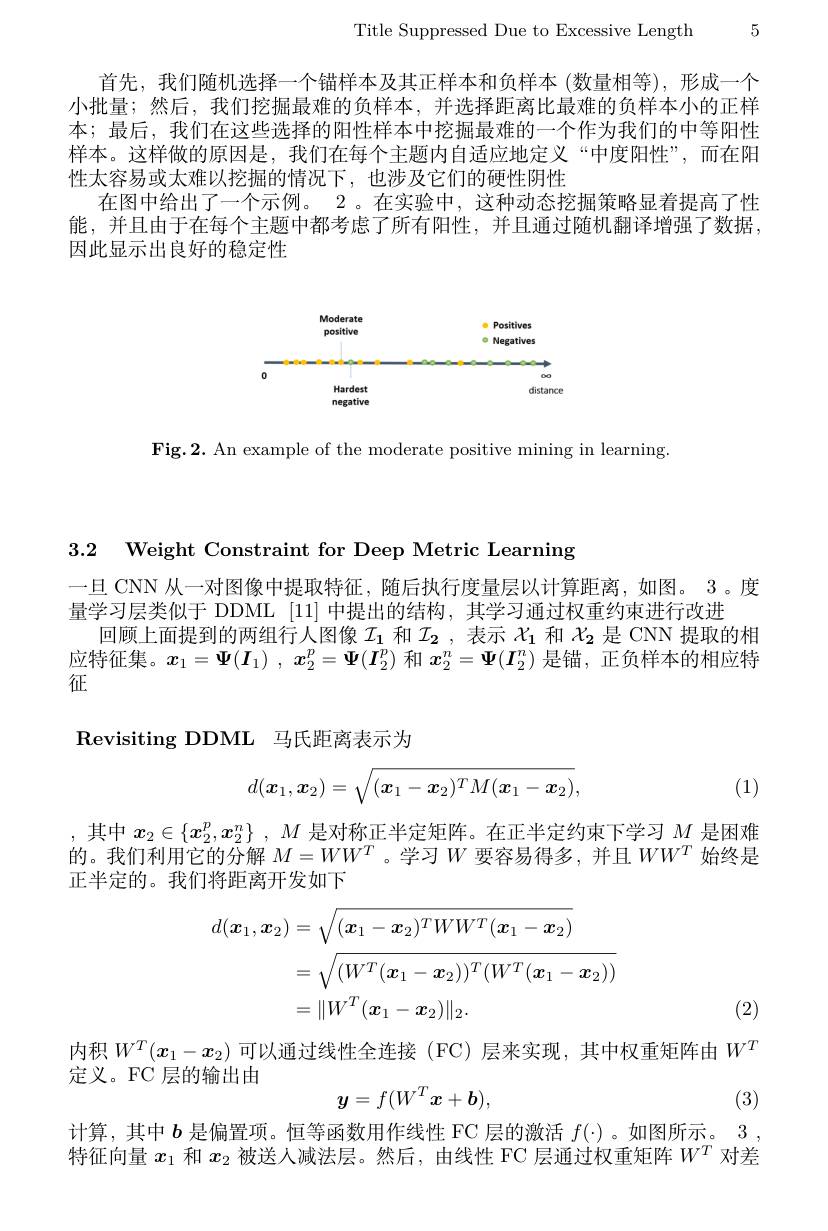
Title Suppressed Due to Excessive Length 5

首先，我们随机选择一个锚样本及其正样本和负样本 (数量相等),形成一个小批量；然后，我们挖掘最难的负样本，并选择距离比最难的负样本小的正样本；最后，我们在这些选择的阳性样本中挖掘最难的一个作为我们的中等阳性样本。这样做的原因是，我们在每个主题内自适应地定义“中度阳性”,而在阳性太容易或太难以挖掘的情况下，也涉及它们的硬性阴性
在图中给出了一个示例。2。在实验中，这种动态挖掘策略显着提高了性能，并且由于在每个主题中都考虑了所有阳性，并且通过随机翻译增强了数据， 因此显示出良好的稳定性

<FigureHere>

$\mathbf{Fig.2.~An~example~of~the~moderate~positive~mining~in~learning}$

3.2 Weight Constraint for Deep Metric Learning

一旦 CNN 从一对图像中提取特征，随后执行度量层以计算距离，如图。3。度
量学习层类似于 DDML [11]中提出的结构，其学习通过权重约束进行改进
回顾上面提到的两组行人图像$I_1$和$I_2$ ,表示$\mathcal{X}_1$和$X_2$是 CNN 提取的相应特征集。$x_1=\Psi(I_1)$ ,$x_2^p=\Psi(I_2^p)$和$x_2^n=\Psi(I_2^n)$是锚，正负样本的相应特征

Revisiting DDML 马氏距离表示为
$$d(\boldsymbol{x}_1,\boldsymbol{x}_2)=\sqrt{(\boldsymbol{x}_1-\boldsymbol{x}_2)^TM(\boldsymbol{x}_1-\boldsymbol{x}_2)},$$
(1)

,其中$x_2\in \{ x_2^p, x_2^n\}$ $, M$是对称正半定矩阵。在正半定约束下学习$M$是困难的。我们利用它的分解$M=WW^T$ 。学习$W$要容易得多，并且$WW^T$始终是正半定的。我们将距离开发如下
$$\begin{aligned}d(\boldsymbol{x}_{1},\boldsymbol{x}_{2})&=\sqrt{(\boldsymbol{x}_{1}-\boldsymbol{x}_{2})^{T}WW^{T}(\boldsymbol{x}_{1}-\boldsymbol{x}_{2})}\\&=\sqrt{(W^T(\boldsymbol{x}_1-\boldsymbol{x}_2))^T(W^T(\boldsymbol{x}_1-\boldsymbol{x}_2))}\\&=\|W^T(\boldsymbol{x}_1-\boldsymbol{x}_2)\|_2.\end{aligned}$$
(2)

内积$W^T(x_1-x_2)$可以通过线性全连接 (FC)层来实现，其中权重矩阵由$W^T$
定义。FC 层的输出由
$$y=f(W^T\boldsymbol{x}+\boldsymbol{b}),$$
(3)

计算，其中$b$是偏置项。恒等函数用作线性 FC 层的激活$f(\cdot)$ 。如图所示。3 , 特征向量$x_1$和$x_2$被送人减法层。然后，由线性 FC 层通过权重矩阵$W^T$对差